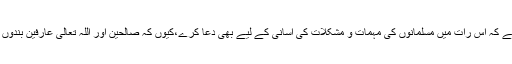
یہ بھی مستحب ہے کہ اس رات میں مسلمانوں کی مہمات و مشکلات کی آسانی کے لیے بھی دعا کرے،کیوں کہ صالحین اور اللہ تعالیٰ عارفین بندوں کا شعار رہا ہے۔